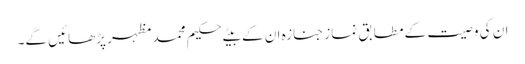
ان کی وصیت کے مطابق نماز جنازہ ان کے بیٹے حکیم محمد مظہر پڑھائیں گے۔